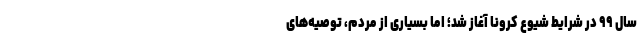
سال ۹۹ در شرایط شیوع کرونا آغاز شد؛ اما بسیاری از مردم، توصیه‌های